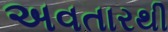
અવતારથી